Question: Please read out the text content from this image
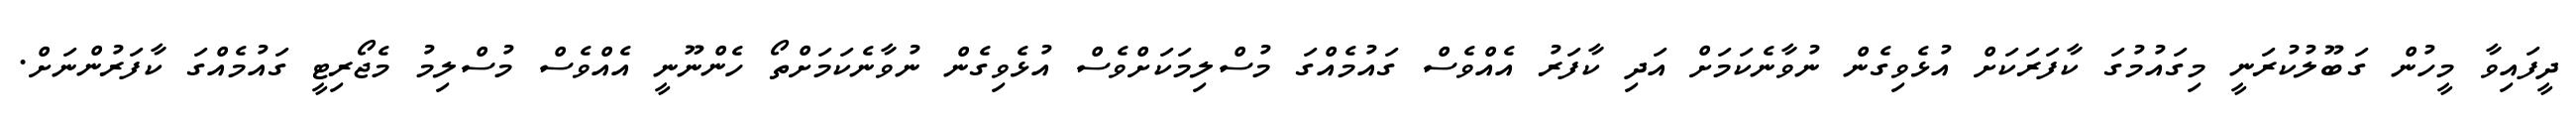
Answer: ދީފައިވާ މީހުން ގަބޫލުކުރަނީ މިގައުމުގަ ކާފަރަކަށް އުޅެވިގެން ނުވާނެކަމަށް އަދި ކާފަރު އެއްވެސް ގައުމެއްގަ މުސްލިމަކަށްވެސް އުޅެވިގެން ނުވާނެކަމަށްތޯ ހެންނޫނީ އެއްވެސް މުސްލިމު މެޖޯރިޓީ ގައުމެއްގަ ކާފަރުންނަށް.